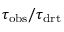
\tau _ { \mathrm { o b s } } / \tau _ { \mathrm { d r t } }